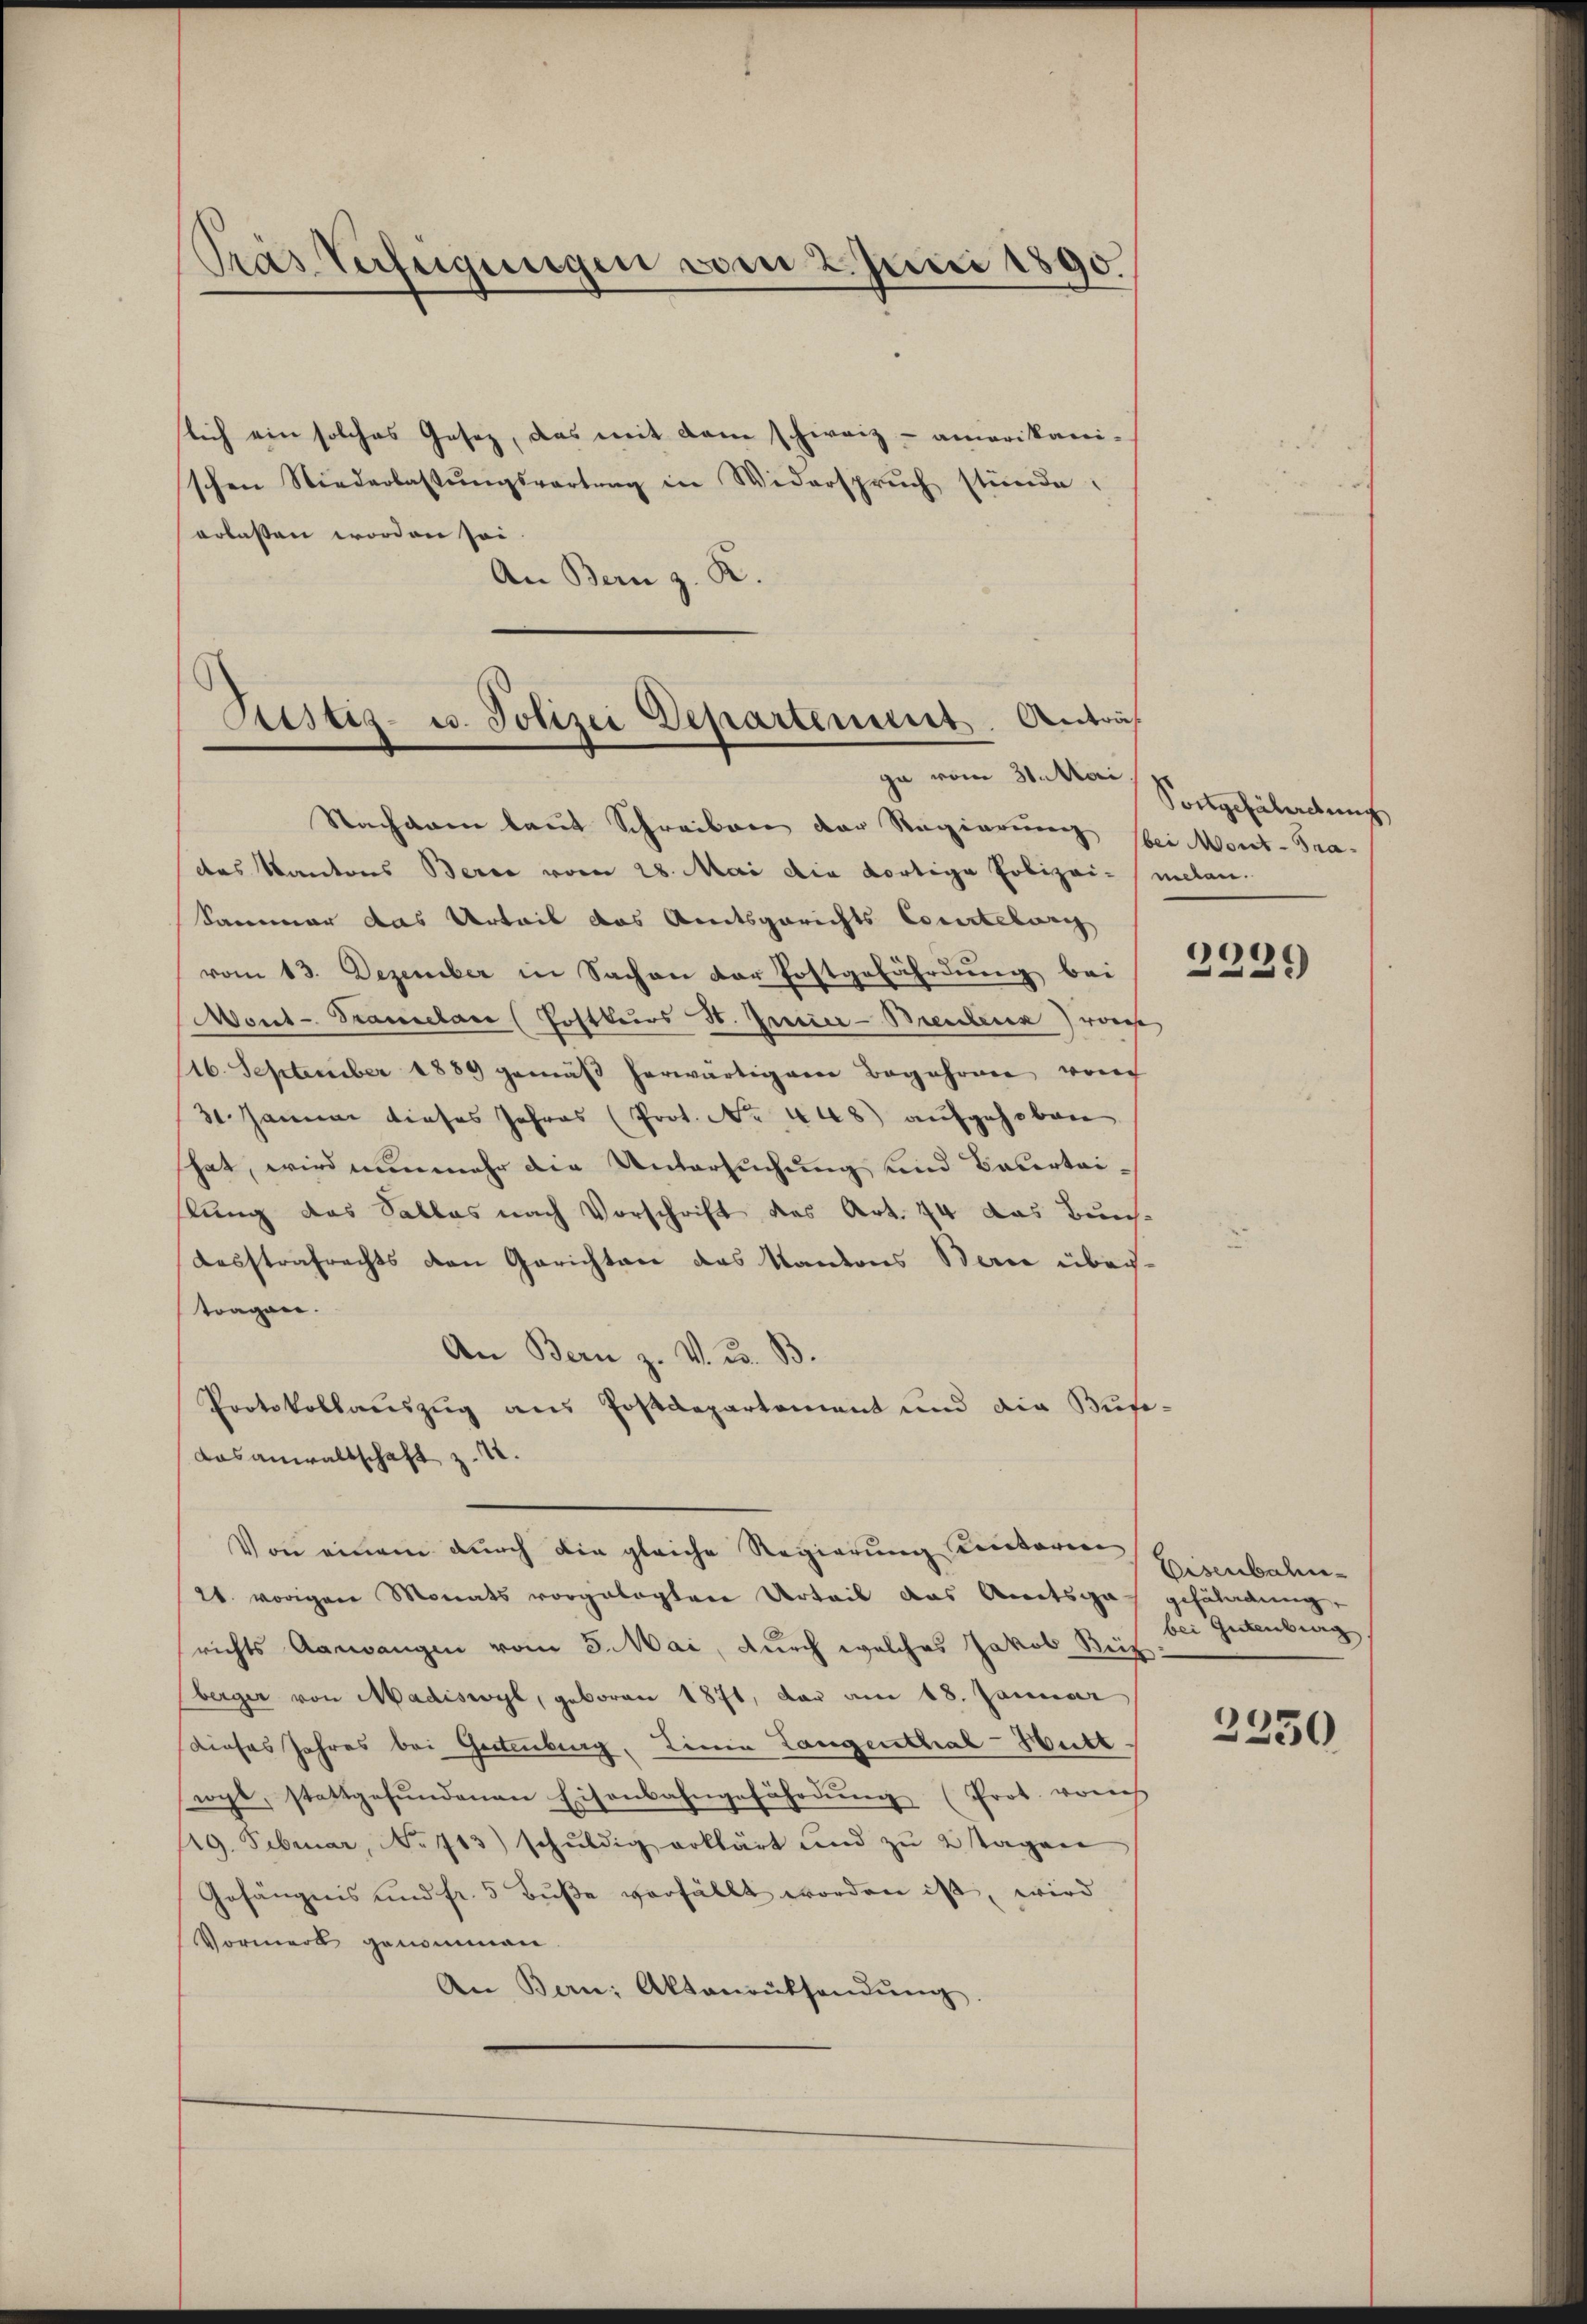
Pras Verfügungen vom 2. Juni 1890.

slich ein solches Gesetz, das mit dem schweiz - amerikani-
schen Niederlassŭngsvertrag in Widerspruch stünde.
erlassen worden sei.
An Bern z. R.

Justiz- u. Polizei Departement. Anträf
ga vom 31. Mari

Nachdem laut Schreiben der Regierung bei Mont-Tra-
des Kantons Berce vom 28. Mai die dortige Polizei- melan
Sammer das Urteil das Amtsgerichts Courteburg
vom 13. Dezember in Sachen der Postgefährdung bei
Mont-Tramelace (Postkurs St. Jurier-Breubern vors
(16. September 1889 gemäβ herwärtiger Begehren von
31. Januar dieses Jahres (Prot. No 448) aufgehoben
hat, wird nunmehr die Untersuchung und Bauerteitung das Sallas nach Vorschrift des Art. 74 das Bun¬
Lesstrafrechts den Gerichten des Kantons Berne über-
tragen.
An Bern z. V. C. B.
Protokollauszug aus Postdepartement und die Buse¬
Dasanwaltschaft z. 4.
Von einem durch die gleiche Regierung Kentarien
21. vorigen Monats vorgelegtere Urteil das Amtsgas gefährdung,
richts Aawangen vom 3. Mai, durch welches Jakob Bütz
berger von Madiswyl, geboren 1871, dar am 18. Januar
dieses Jahres bei Gestenburg, Linia Langenthal-Hutt
rocht, stattgefŭndenen Eisenbahngefährdung (Prot. vorh
19. Februar, No 713) schŭldig erklärt und zŭ 2 Tagene
Gefängnis und fr. 5 Bŭβe verfällt worden ist, wird
Vormerk genommen.
An Bern: Aktenrüksendŭng.

Sortgefährdung

2239

Eisenbahnbei Gestenburg

2250